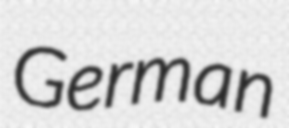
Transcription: German